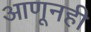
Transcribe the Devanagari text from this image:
आणूनही